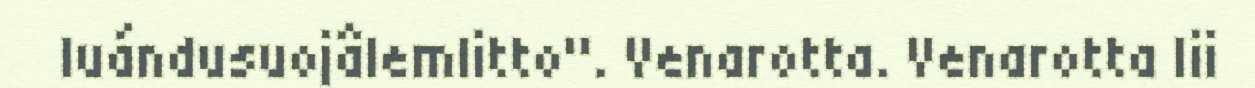
luándusuojâlemlitto". Venarotta. Venarotta lii